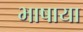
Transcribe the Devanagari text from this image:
भाषाया